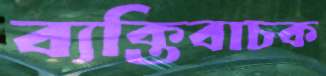
ব্যক্তিবাচক